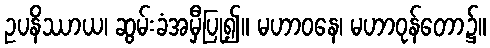
ဥပနိဿာယ၊ ဆွမ်းခံအမှီပြု၍။ မဟာဝနေ၊ မဟာဝုန်တော၌။